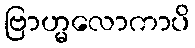
ဗြာဟ္မလောကာပိ